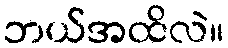
ဘယ်အထိလဲ။